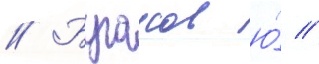
// Бугаков ю́ //